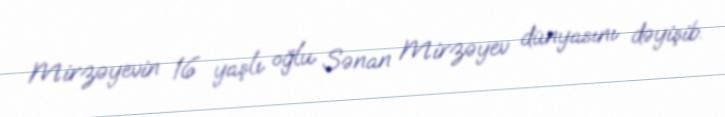
Mirzəyevin 16 yaşlı oğlu Sənan Mirzəyev dünyasını dəyişib.